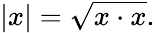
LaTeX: |x|={\sqrt{x\cdot x}}.